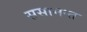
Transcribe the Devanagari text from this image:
ससामन्त